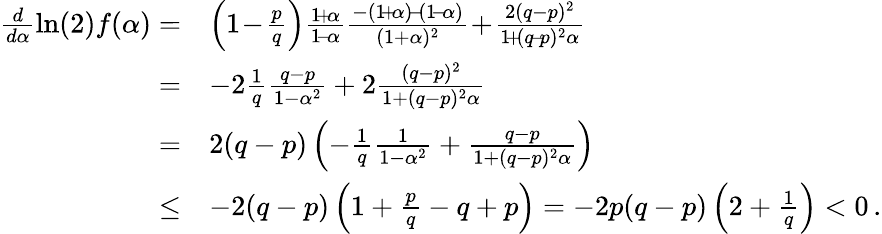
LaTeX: \begin{array}{rl}{\frac{d}{d\alpha}\ln(2)f(\alpha)=}&{\left(1\! -\! \frac{p}{q}\right)\frac{1\! +\! \alpha}{1\! -\! \alpha}\frac{-(1\! +\! \alpha)\! -\! (1\! -\! \alpha)}{(1+\alpha)^{2}}\! +\! \frac{2(q-p)^{2}}{1\! +\! (q\! -\! p)^{2}\alpha}}\\ {=}&{-2\frac{1}{q}\frac{q-p}{1-\alpha^{2}}+2\frac{(q-p)^{2}}{1+(q-p)^{2}\alpha}}\\ {=}&{2(q-p)\left(-\frac{1}{q}\frac{1}{1-\alpha^{2}}+\frac{q-p}{1+(q-p)^{2}\alpha}\right)}\\ {\le}&{-2(q-p)\left(1+\frac{p}{q}-q+p\right)=-2p(q-p)\left(2+\frac{1}{q}\right)<0\, .}\end{array}